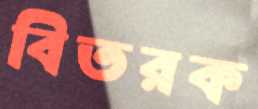
বিতরক